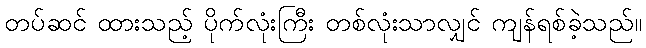
တပ်ဆင် ထားသည့် ပိုက်လုံးကြီး တစ်လုံးသာလျှင် ကျန်ရစ်ခဲ့သည်။